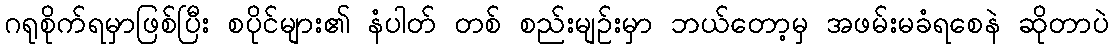
ဂရုစိုက်ရမှာဖြစ်ပြီး စပိုင်များ၏ နံပါတ် တစ် စည်းမျဉ်းမှာ ဘယ်တော့မှ အဖမ်းမခံရစေနဲ ဆိုတာပဲ